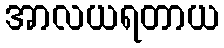
အာလယရတာယ